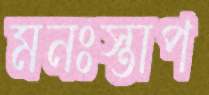
মনঃস্তাপ